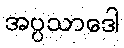
အပ္ပသာဒေါ